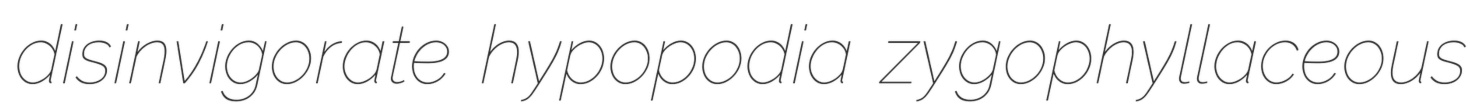
disinvigorate hypopodia zygophyllaceous